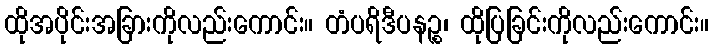
ထိုအပိုင်းအခြားကိုလည်းကောင်း။ တံပရိဒီပနဉ္စ၊ ထိုပြခြင်းကိုလည်းကောင်း။